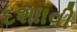
દશાાવી